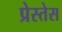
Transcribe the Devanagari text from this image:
प्रेस्तेस